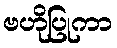
ဗဟိုပြုကာ